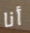
أنا